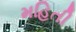
મહિતી